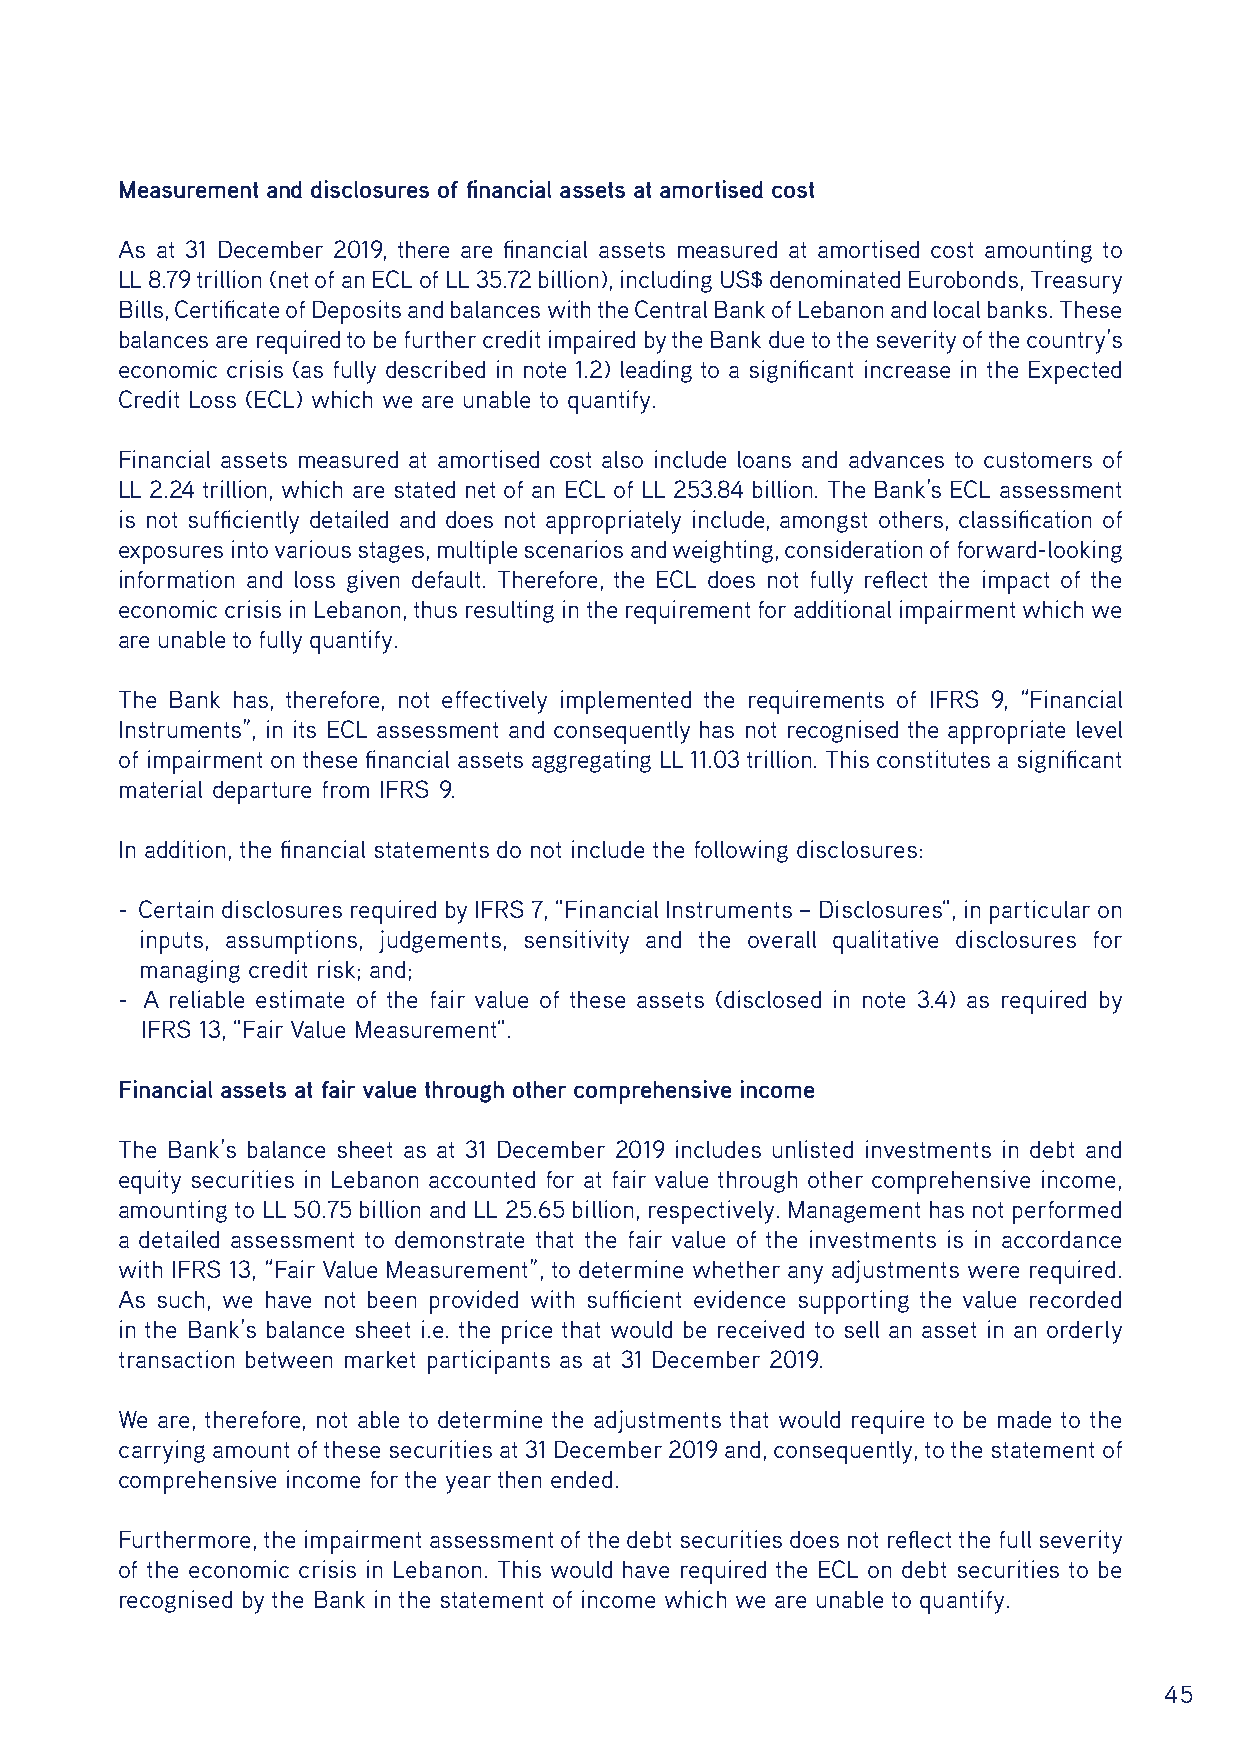
Measurement and disclosures of financial assets at amortised cost
 As at 31 December 2019, there are financial assets measured at amortised cost amounting to
 LL 8.79 trillion (net of an ECL of LL 35.72 billion), including US$ denominated Eurobonds, Treasury
 Bills, Certificate of Deposits and balances with the Central Bank of Lebanon and local banks. These
 balances are required to be further credit impaired by the Bank due to the severity of the country’s
 economic crisis (as fully described in note 1.2) leading to a significant increase in the Expected
 Credit Loss (ECL) which we are unable to quantify.
 Financial assets measured at amortised cost also include loans and advances to customers of
 LL 2.24 trillion, which are stated net of an ECL of LL 253.84 billion. The Bank’s ECL assessment
 is not sufficiently detailed and does not appropriately include, amongst others, classification of
 exposures into various stages, multiple scenarios and weighting, consideration of forward-looking
 information and loss given default. Therefore, the ECL does not fully reflect the impact of the
 economic crisis in Lebanon, thus resulting in the requirement for additional impairment which we
 are unable to fully quantify.
 The Bank has, therefore, not effectively implemented the requirements of IFRS 9, “Financial
 Instruments”, in its ECL assessment and consequently has not recognised the appropriate level
 of impairment on these financial assets aggregating LL 11.03 trillion. This constitutes a significant
 material departure from IFRS 9.
 In addition, the financial statements do not include the following disclosures:
 - Certain disclosures required by IFRS 7, "Financial Instruments – Disclosures", in particular on
 inputs, assumptions, judgements, sensitivity and the overall qualitative disclosures for
 managing credit risk; and;
 - A reliable estimate of the fair value of these assets (disclosed in note 3.4) as required by
 IFRS 13, "Fair Value Measurement".
 Financial assets at fair value through other comprehensive income
 The Bank’s balance sheet as at 31 December 2019 includes unlisted investments in debt and
 equity securities in Lebanon accounted for at fair value through other comprehensive income,
 amounting to LL 50.75 billion and LL 25.65 billion, respectively. Management has not performed
 a detailed assessment to demonstrate that the fair value of the investments is in accordance
 with IFRS 13, “Fair Value Measurement”, to determine whether any adjustments were required.
 As such, we have not been provided with sufficient evidence supporting the value recorded
 in the Bank’s balance sheet i.e. the price that would be received to sell an asset in an orderly
 transaction between market participants as at 31 December 2019.
 We are, therefore, not able to determine the adjustments that would require to be made to the
 carrying amount of these securities at 31 December 2019 and, consequently, to the statement of
 comprehensive income for the year then ended.
 Furthermore, the impairment assessment of the debt securities does not reflect the full severity
 of the economic crisis in Lebanon. This would have required the ECL on debt securities to be
 recognised by the Bank in the statement of income which we are unable to quantify.
 45